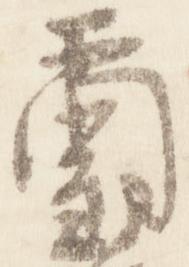
璽